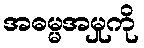
အဓမ္မအမှုကို